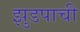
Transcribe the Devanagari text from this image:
झुडपाची